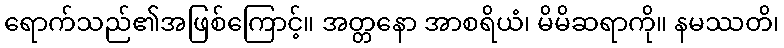
ရောက်သည်၏အဖြစ်ကြောင့်။ အတ္တနော အာစရိယံ၊ မိမိဆရာကို။ နမဿတိ၊